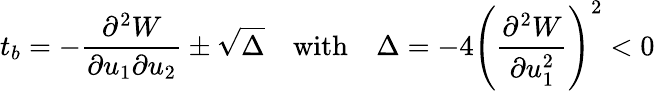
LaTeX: t_{b}=-\frac{\partial^{2}W}{\partial u_{1}\partial u_{2}}\pm\sqrt{\Delta}\quad\mathrm{with}\quad\Delta=-4\left(\frac{\partial^{2}W}{\partial u_{1}^{2}}\right)^{2}<0